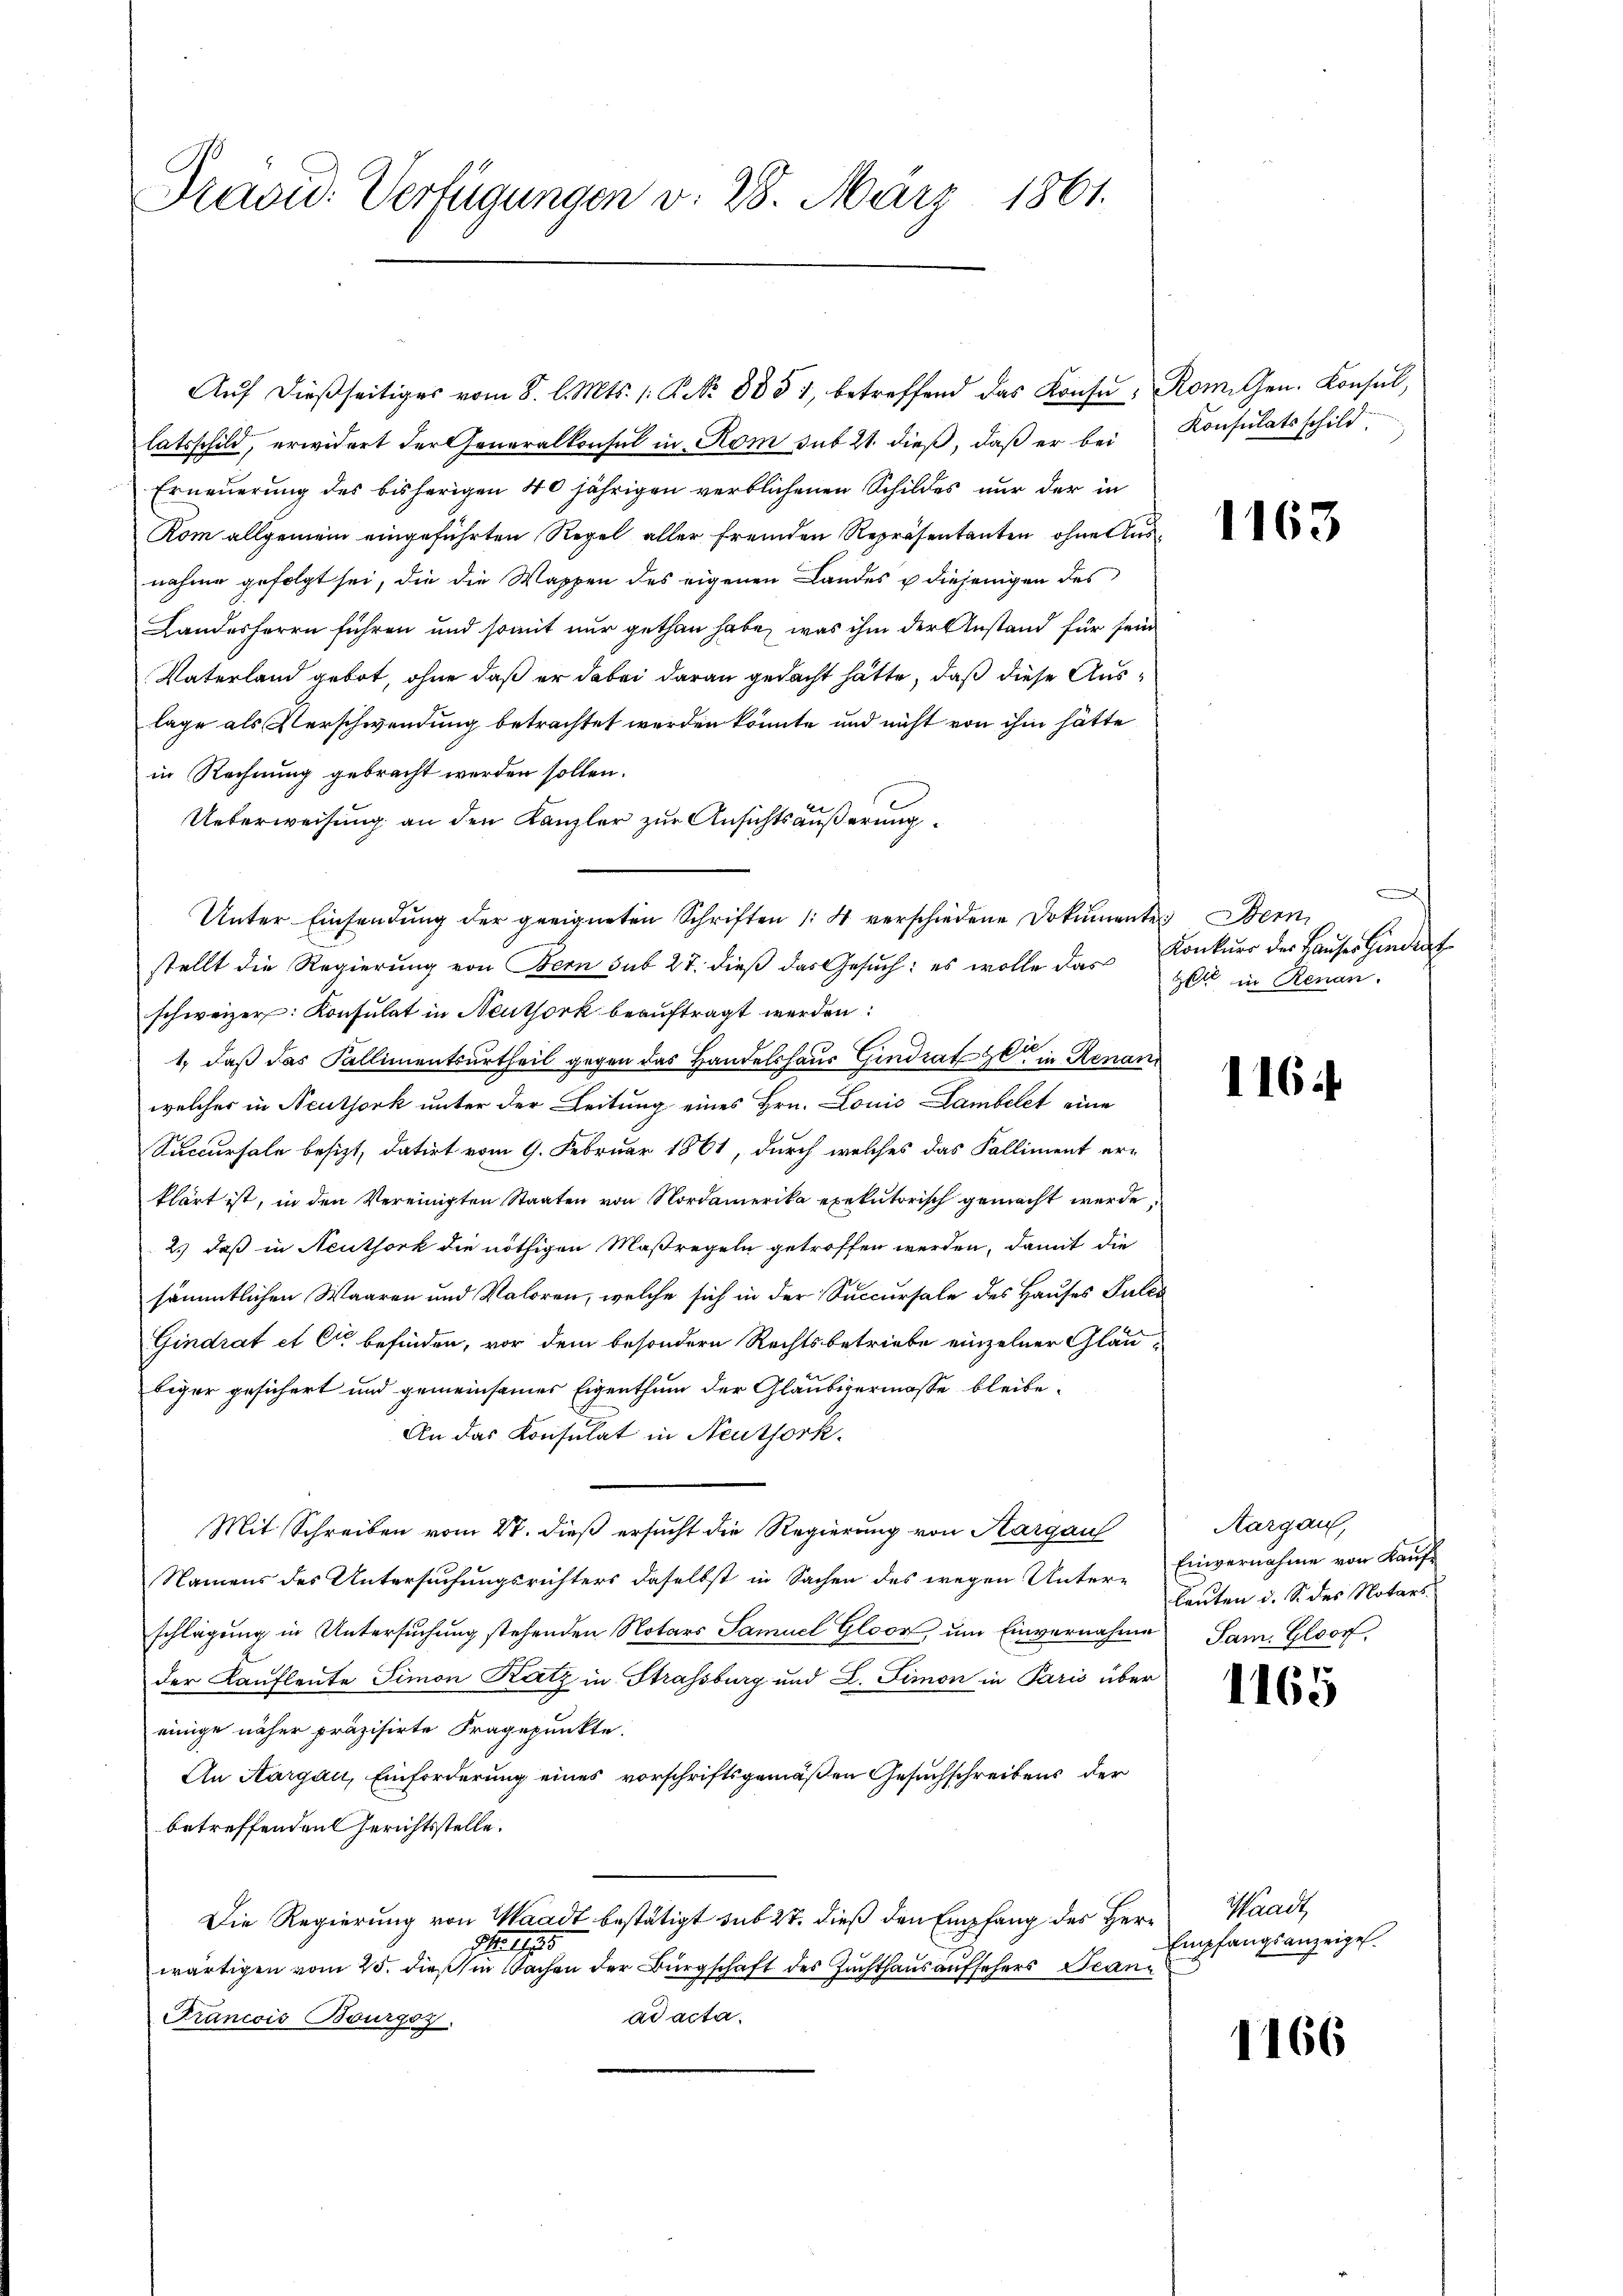
Pravid. Verfügungen v. 28. März 1861.

latsschild, erwidert der Generalkonsul in Rom sub 21. dieß, daß er bei Konsulatsschild
Erneuerung des bisherigen 40 jährigen verblichenen Schildes nur der in
Rom allgemein eingeführten Regel aller fremden Repräsentanten ohne Ausnahme gefolgt sei, die die Wappen des eigenen Landes u diejenigen des
Landesherrn führen und somit nur gethan habe, was ihm der Anstand für sein
Vaterland gebot, ohne daß er dabei daran gedacht hätte, daß diese Auslage als Verschwendung betrachtet werden könnte und nicht von ihm hätte
in Rechnung gebracht werden sollen.
Ueberweisung an den Kanzler zur Ansichtsäußerung.
Unter Einsendung der geeigneten Schriften /: 4 verschiedene Dokumentes Bern
stellt die Regierŭng von Bern sub 27. dieβ das Gesŭch: es wolle das Konkurs der Hauses Hindert
schweizer: Konsulat in Neuthork beauftragt werden:
1., daß das Kallimentsurtheil gegen das Handelshaus Gindrathe in Renan
welcher in Neuthork unter der Leitung eines Hrn. Louis Lambelect eine
Succursale besizt, datirt vom 9. Februar 1861, durch welches das Falliment er-
klärt ist, in den Vereinigten Staaten von Nordamerika exekutorisch gemacht werde,
2.) daß in Neuthork die nöthigen Maßregeln getroffen werden, damit die
sämmtlichen Waaren und Maloren, welche sich in der Succursale des Hauses Pules
Gindrat et Cie befinden, vor dem besondern Rechtsbetriebe einzelner Gläubiger gesichert und gemeinsames Eigenthum der Gläubigermasse bleibe.
An das Konsulat in Neuthork
Mit Schreiben vom 27. dieß ersucht die Regierung von Aargau
Namens des Untersuchungsrichters daselbst in Sachen des wegen Unter-Einvernahme von Kauf-
schlagung in Untersuchung stehenden Notars Samuel Gloor, um Einvernahme Sam. Gloor,
der Kaufleute Simon Katz in Strassburg und L. Simon in Paris über
einige näher präzisirte Fragepunkte.
An Aargau, Einforderung eines vorschriftsgemäßen Gesuchschreibens der
betreffenden Gerichtsstelle.
Die Regierung von Waadt bestätigt sub 27. dieß den Empfang des Herr
S 190
wärtigen vom 25. dieß in Sachen der Bürgschaft des Zuchthaus aufsehers anad acta.
Francois Bourgoz.

Auf dießseitiges vom 8. l. Mts. 1. P. No 8851, betreffend das Konse, Rom. Gen. Konsul,

1163

A
gelt in Renan

1164

Aargau,
leuten d. S. des Notars

1165

Waadt
Empfangsanzeigel.

1166